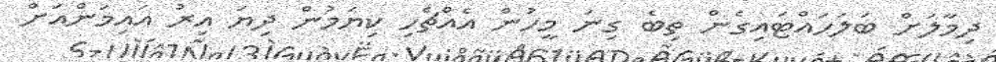
ދިމާލަށް ބަލަހައްޓައިގެން ތިބެ ގިނަ މީހުން އެއްޗެހި ކިޔަމުން ދިޔަ އިރު އައިމަންއަށް